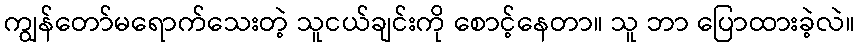
ကျွန်တော်မရောက်သေးတဲ့ သူငယ်ချင်းကို စောင့်နေတာ။ သူ ဘာ ပြောထားခဲ့လဲ။